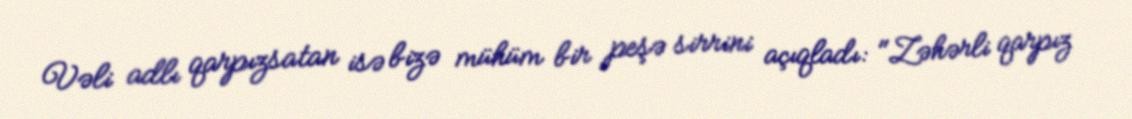
Vəli adlı qarpızsatan isə bizə mühüm bir peşə sirrini açıqladı: "Zəhərli qarpız